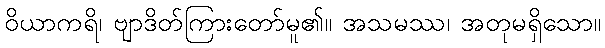
ဝိယာကရိ၊ ဗျာဒိတ်ကြားတော်မူ၏။ အသမဿ၊ အတုမရှိသော။